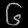
Digit: ၆